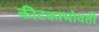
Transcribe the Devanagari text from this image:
कीटकाभोवती